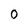
Character: 0